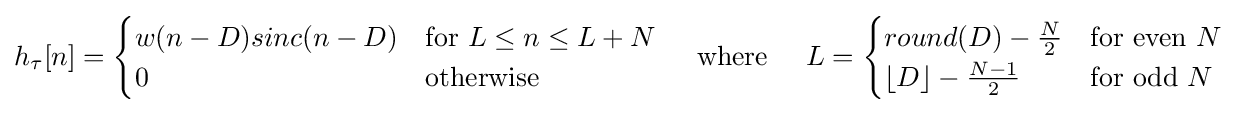
h_{\tau }[n]={\begin{cases}w(n-D)sinc(n-D)&{\text{for }}L\leq n\leq L+N\\0&{\text{otherwise}}\end{cases}}\;\;\;\;\;{\text{where}}\;\;\;\;\;L={\begin{cases}round(D)-{N \over {2}}&{\text{for even }}N\\\lfloor D\rfloor -{N-1 \over {2}}&{\text{for odd }}N\end{cases}}